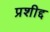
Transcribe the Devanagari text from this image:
प्रशीद्द